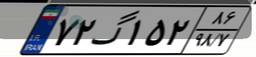
۷۲گ۱۵۲۸۶